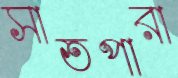
সাতপারা